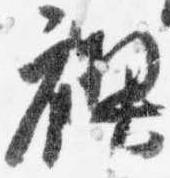
禊